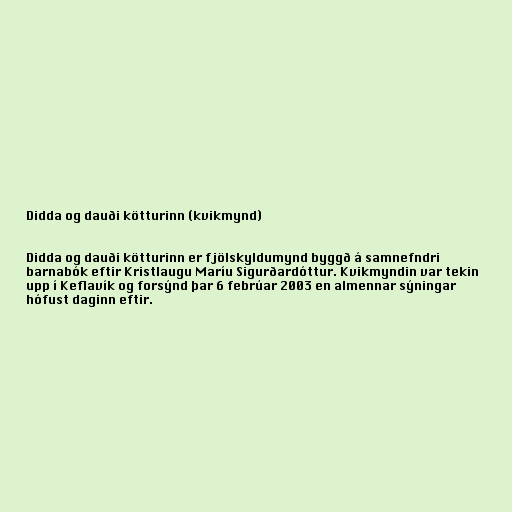
Didda og dauði kötturinn (kvikmynd)

Didda og dauði kötturinn er fjölskyldumynd byggð á samnefndri
barnabók eftir Kristlaugu Maríu Sigurðardóttur. Kvikmyndin var tekin
upp í Keflavík og forsýnd þar 6 febrúar 2003 en almennar sýningar
hófust daginn eftir.